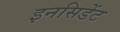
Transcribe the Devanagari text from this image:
इनसिडेंट